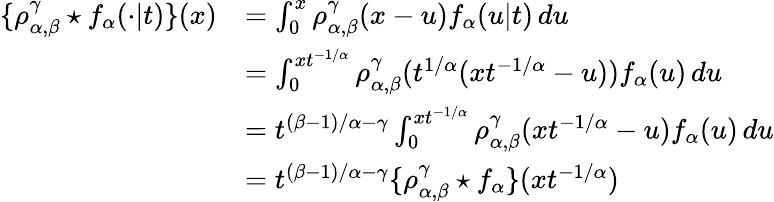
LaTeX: \begin{array}{rl}{\{ \rho_{\alpha,\beta}^{\gamma}\star f_{\alpha}(\cdot\vert t)\} (x)}&{=\int_{0}^{x}\rho_{\alpha,\beta}^{\gamma}(x-u)f_{\alpha}(u\vert t)\, du}\\ &{=\int_{0}^{xt^{-1/\alpha}}\rho_{\alpha,\beta}^{\gamma}(t^{1/\alpha}(xt^{-1/\alpha}-u))f_{\alpha}(u)\, du}\\ &{=t^{(\beta-1)/\alpha-\gamma}\int_{0}^{xt^{-1/\alpha}}\rho_{\alpha,\beta}^{\gamma}(xt^{-1/\alpha}-u)f_{\alpha}(u)\, du}\\ &{=t^{(\beta-1)/\alpha-\gamma}\{ \rho_{\alpha,\beta}^{\gamma}\star f_{\alpha}\} (xt^{-1/\alpha})}\end{array}